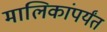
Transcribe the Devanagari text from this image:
मालिकांपर्यंत